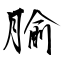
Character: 腧